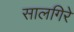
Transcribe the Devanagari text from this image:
सालगिरे